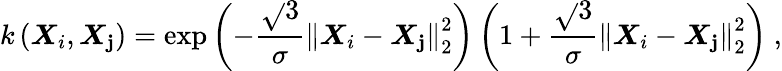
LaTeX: k\left(\boldsymbol{X}_{i},\boldsymbol{X}_{\mathbf{j}}\right)=\exp{\left(-\frac{{\sqrt{}{{3}}}}{{\sigma}}\left\lVert\boldsymbol{X}_{i}-\boldsymbol{X}_{\mathbf{j}}\right\rVert_{2}^{2}\right)}\left(1+\frac{{\sqrt{}{{3}}}}{{\sigma}}\left\lVert\boldsymbol{X}_{i}-\boldsymbol{X}_{\mathbf{j}}\right\rVert_{2}^{2}\right)~,